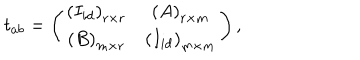
LaTeX: t _ { a b } = \left( \begin{array} { c c } { { \left( I _ { i d } \right) _ { r \times r } } } & { { \left( A \right) _ { r \times m } } } \\ { { \left( B \right) _ { m \times r } } } & { { \left( I _ { i d } \right) _ { m \times m } } } \\ \end{array} \right) ,